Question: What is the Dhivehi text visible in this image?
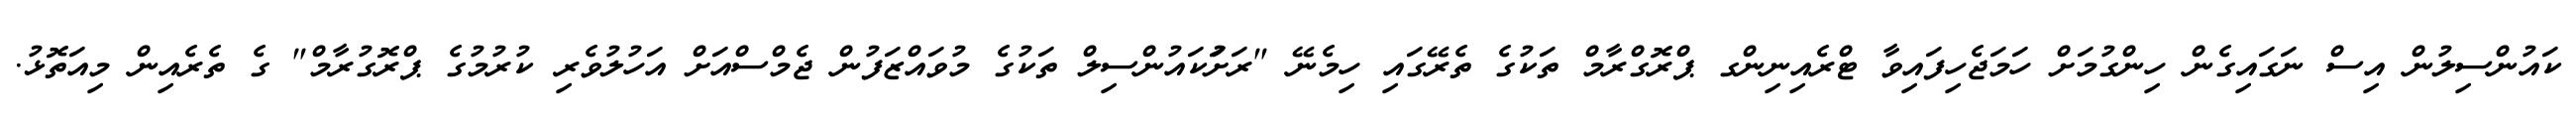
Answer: ކައުންސިލުން އިސް ނަގައިގެން ހިންގުމަށް ހަމަޖެހިފައިވާ ޓްރެއިނިންގ ޕްރޮގްރާމް ތަކުގެ ތެރޭގައި ހިމެނޭ "ރަށުަކައުންސިލް ތަކުގެ މުވައްޒަފުން ޖެމްސްއަށް އަހުލުވެރި ކުރުމުގެ ޕްރޮގުރާމް" ގެ ތެރެއިން މިއަތޮޅު.